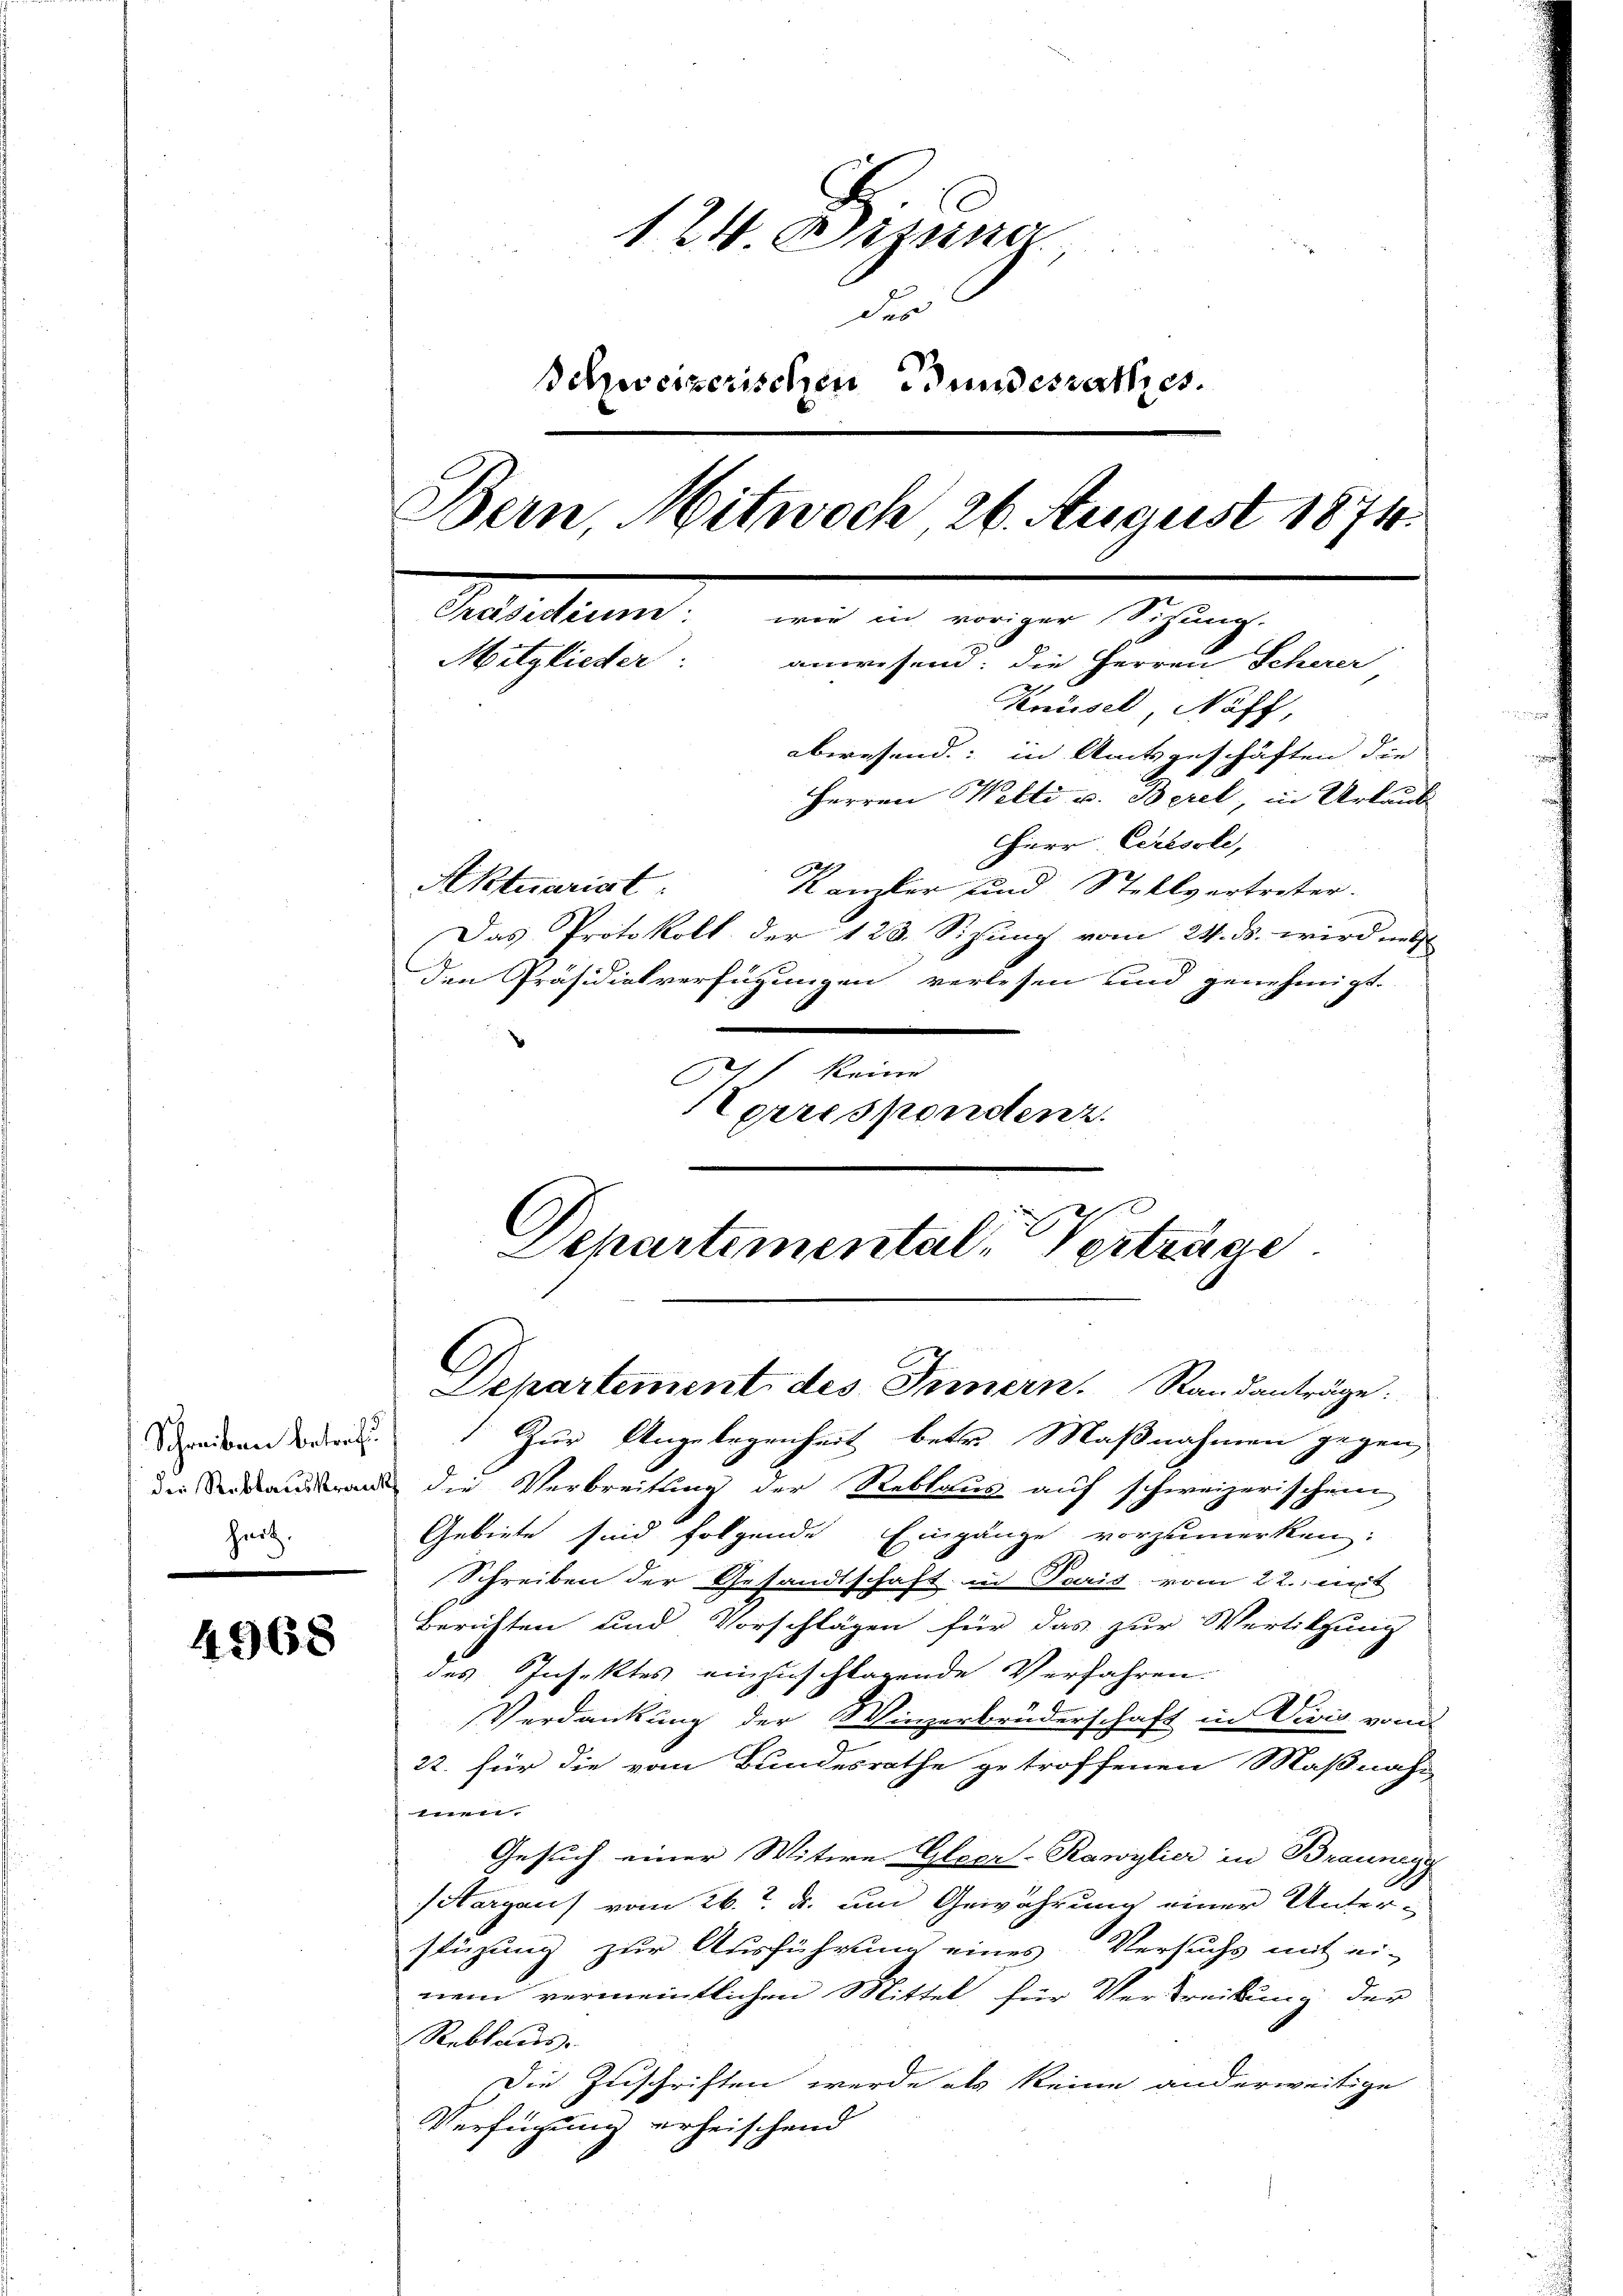
Schreiben betreff
heit.

4968

124 Dizung
des
Behweizerischen Bundesrathes.
Bern, Mitwoch 26. August 1874.
Präsidium: wie in voriger Sihung.
Mitglieder.
anwesend: die Herren Scherer

Knüsel, Naff,
abwesend: in Amtsgeschäften die
Herren Welti v. Berel, in Urlaub
HHerr Ceresole,
Aktuariat
Kanzler und Stellvertreter.
Das Protokoll der 123. Sizung vom 24. ds. wird unt
den Präsidialverfügungen verlesen und genehmigt.
keine
Herrespondenz.

Departementale Verträge
Departement des Innern. Standanträge.

Zur Angelegenheit betr. Maßnahmen gegen
die an die Verbreitung der Reblaus auf schweizerischen
Gebiete sind folgende Eingange vorzumerken:
Schreiben der Gesandtschaft in Paris vom 22. mit
Berichten und Vorschlägen für das zur Vertilgung
des Insektes einzuschlagende Verfahren.
Verdankung der Winzerbruderschaft in Vivis vom
22. für die vom Bundesrathe getroffenen Maßnahe
,
Gesuch einer Witwe Gleer-Rawylier in Braunegg
Hargau vom 26. d. um Gewährung einer Unter-
stüzung zur Ausführung eines Versuchs mit ei-
nem vermeintlichen Mittel für Vertreibung der
Reblaus.
Die Zuschriften werde als keine anderweitige
Verfügung erheischend